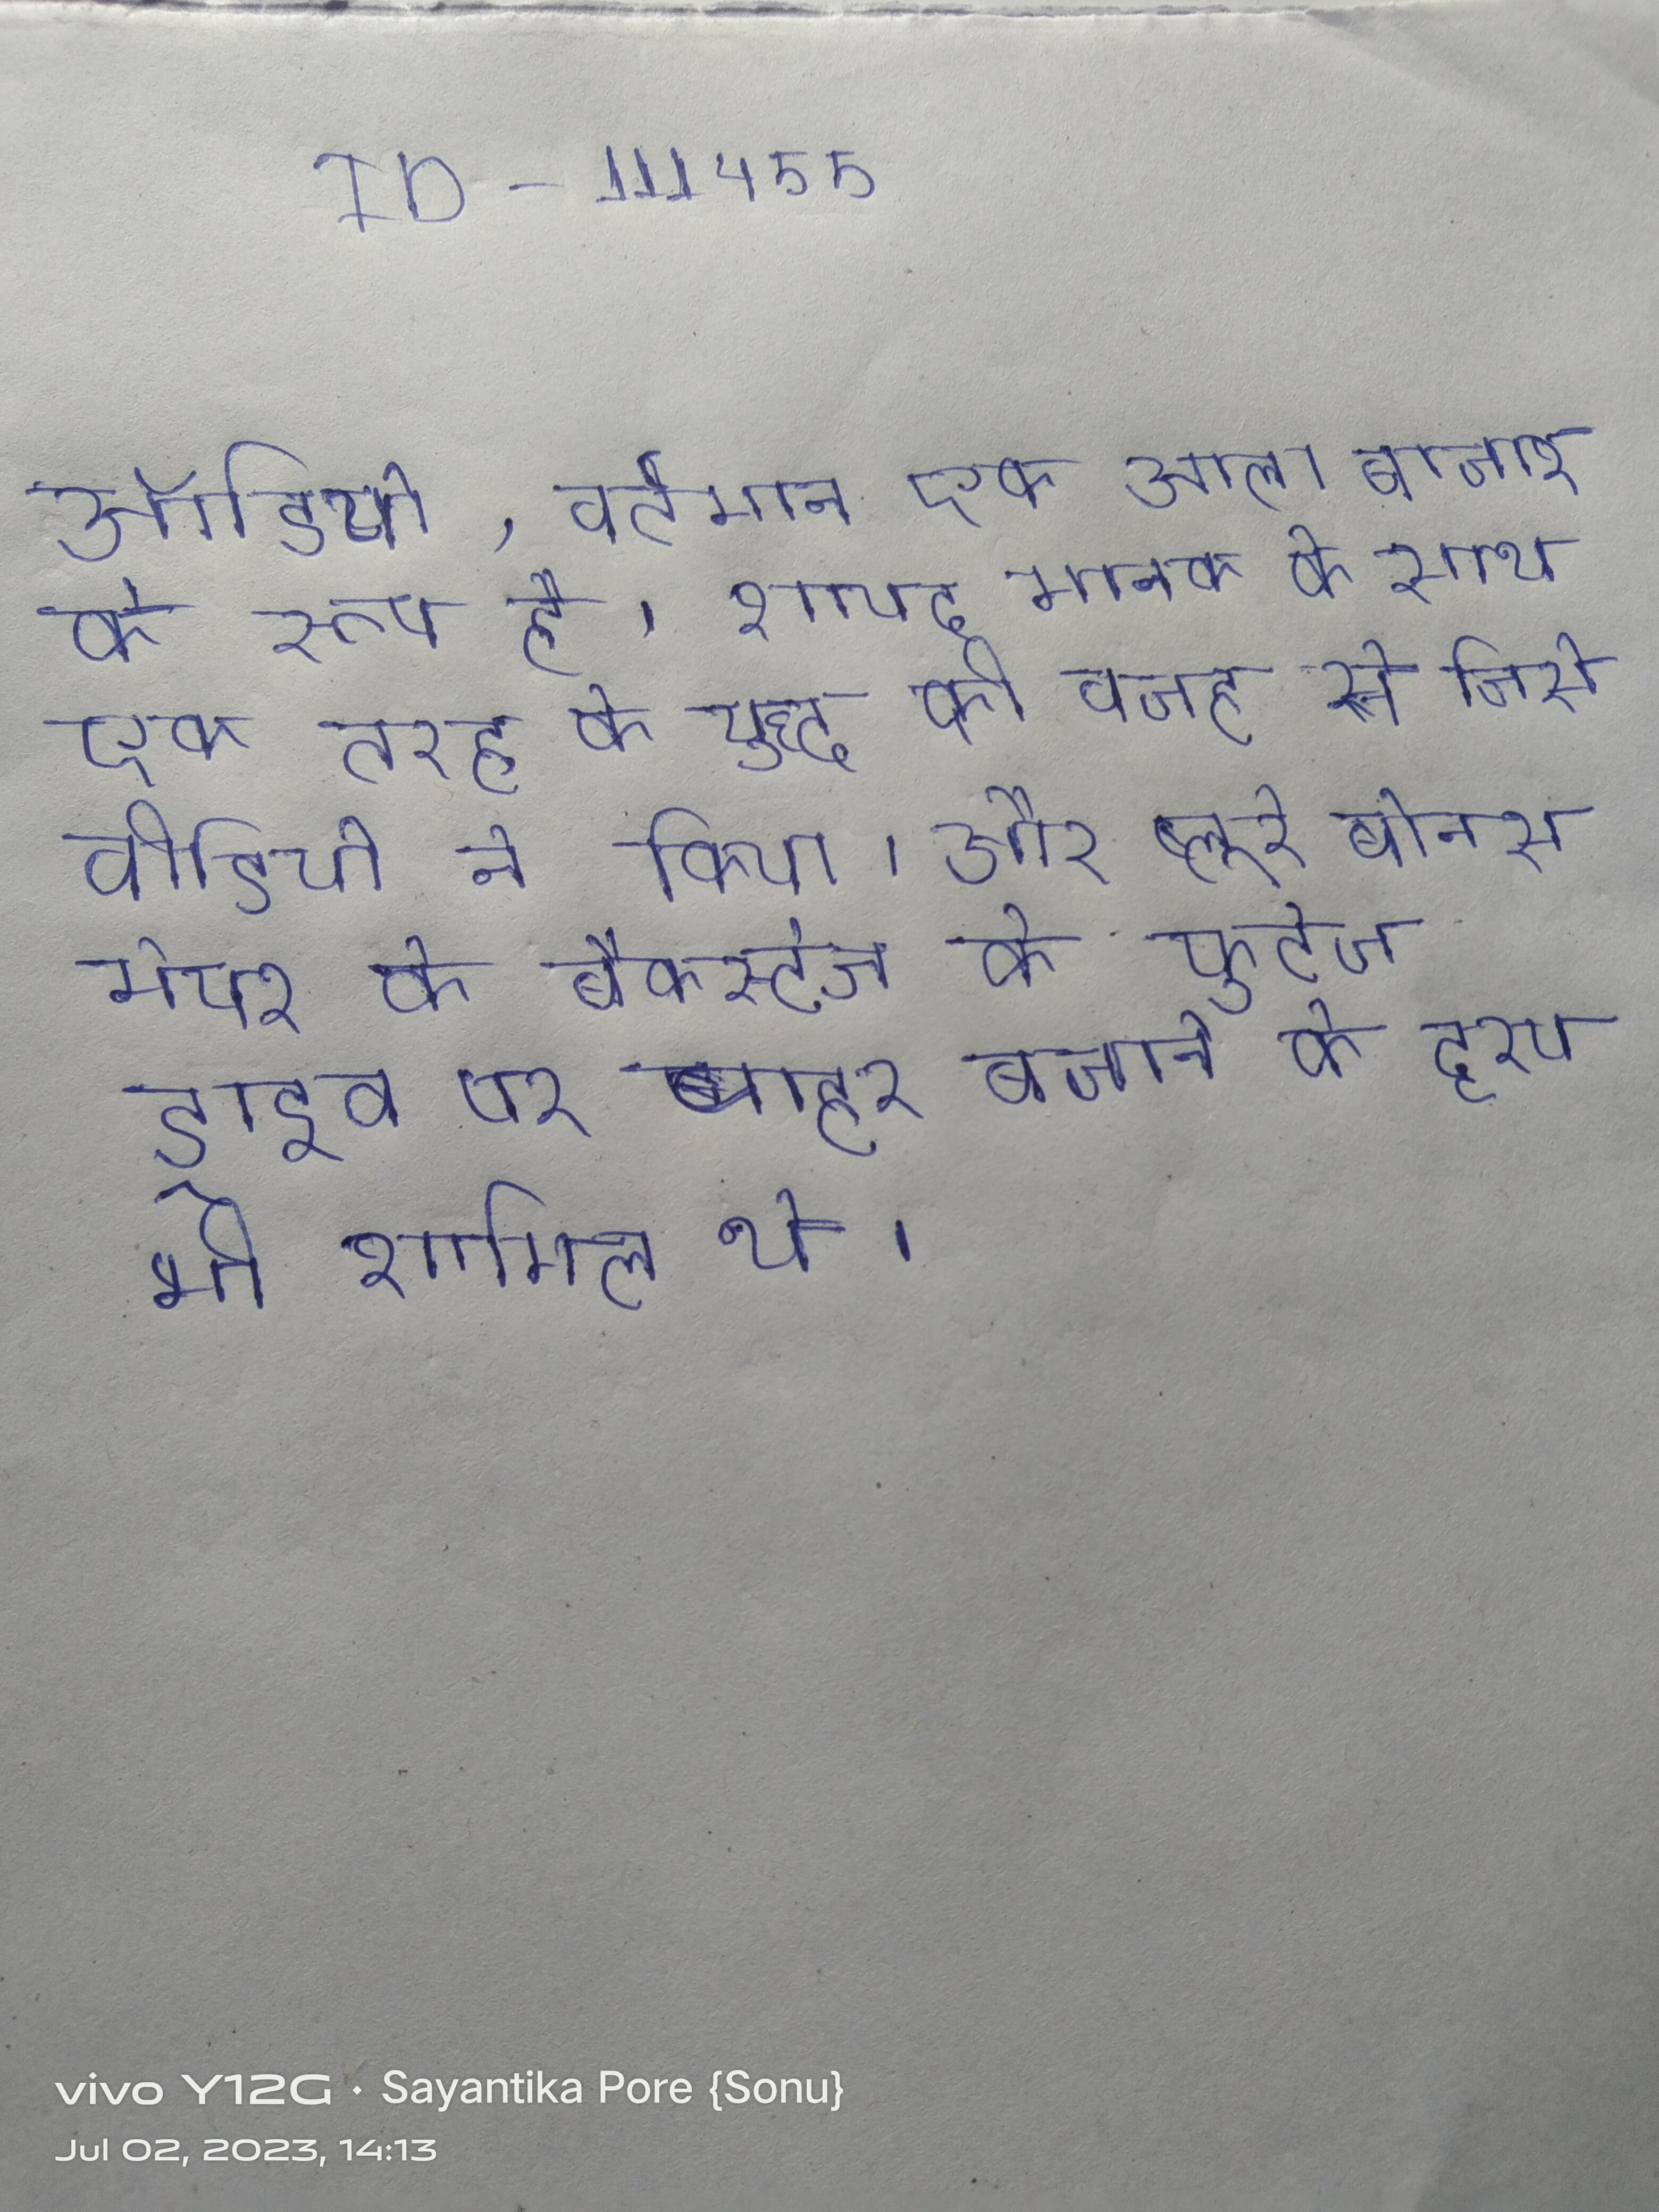
ऑडियो, वर्तमान एक आला बाजार के रूप है, शायद मानक के साथ एक तरह के युद्ध की वजह से जिसे वीडियो ने किया । और ब्लूरे बोनस मेयर के बैकस्टेज के फुटेज ड्राइव पर बाहर बजाने के दृश्य भी शामिल थे ।